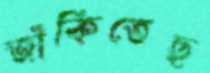
জাঁকিতেছ